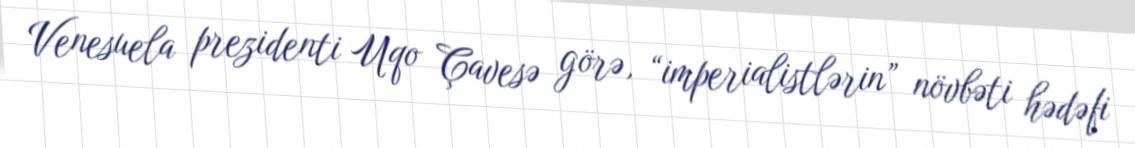
Venesuela prezidenti Uqo Çavesə görə, “imperialistlərin” növbəti hədəfi